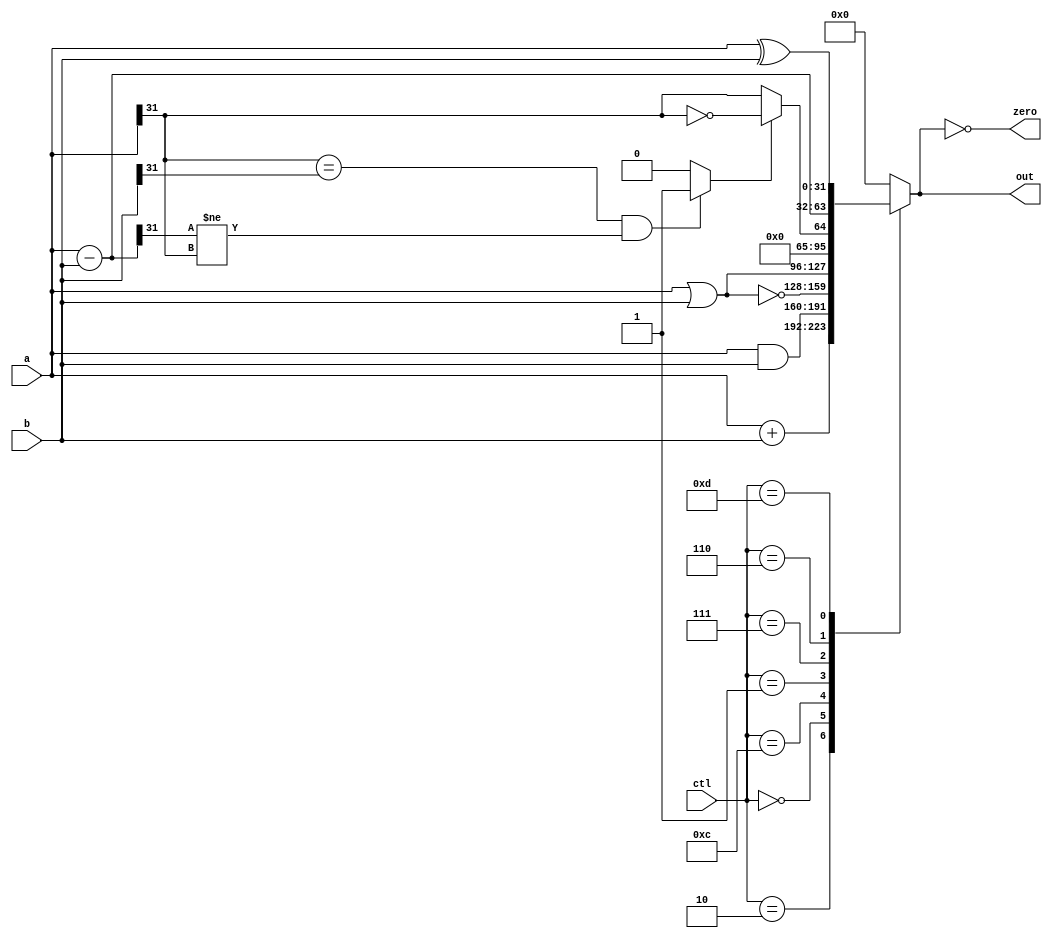
module alu_20(
		input		[3:0]	ctl,
		input		[31:0]	a, b,
		output reg	[31:0]	out,
		output				zero);
	wire [31:0] sub_ab;
	wire [31:0] add_ab;
	wire 		oflow_add;
	wire 		oflow_sub;
	wire 		oflow;
	wire 		slt;
	assign zero = (0 == out);
	assign sub_ab = a - b;
	assign add_ab = a + b;
	assign oflow_add = (a[31] == b[31] && add_ab[31] != a[31]) ? 1 : 0;
	assign oflow_sub = (a[31] == b[31] && sub_ab[31] != a[31]) ? 1 : 0;
	assign oflow = (ctl == 4'b0010) ? oflow_add : oflow_sub;
	assign slt = oflow_sub ? ~(a[31]) : a[31];
	always @(*) begin
		case (ctl)
			4'b0010: out <= add_ab;				
			4'b0000: out <= a & b;				
			4'b1100: out <= ~(a | b);			
			4'b0001: out <= a | b;				
			4'b0111: out <= {{31{1'b0}}, slt};	
			4'b0110: out <= sub_ab;				
			4'b1101: out <= a ^ b;				
			default: out <= 0;
		endcase
	end
endmodule